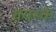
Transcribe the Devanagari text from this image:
वयस्के